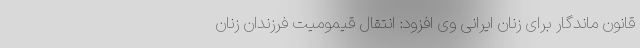
قانون ماندگار برای زنان ایرانی وی افزود: انتقال قیمومیت فرزندان زنان